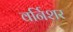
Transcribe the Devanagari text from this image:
वर्निशर